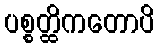
ပစ္စတ္ထိကတောပိ